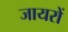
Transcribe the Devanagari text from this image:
जायरों